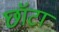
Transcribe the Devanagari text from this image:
छॉटा